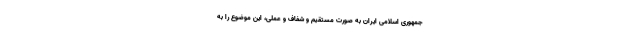
جمهوری اسلامی ایران به صورت مستقیم و شفاف و عملی، این موضوع را به